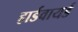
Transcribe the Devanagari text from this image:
हार्डवायर्ड